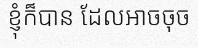
ខ្ញុំក៏បាន ដែលអាចចុច